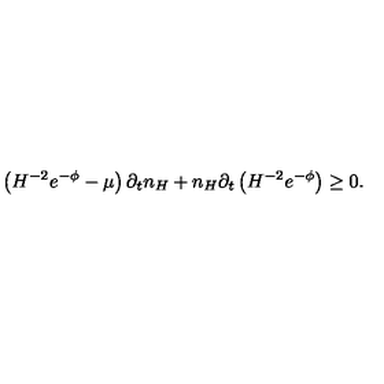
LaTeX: \left( H ^ { - 2 } e ^ { - \phi } - \mu \right) \partial _ { t } n _ { H } + n _ { H } \partial _ { t } \left( H ^ { - 2 } e ^ { - \phi } \right) \ge 0 .